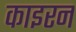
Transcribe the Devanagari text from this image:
काइरन